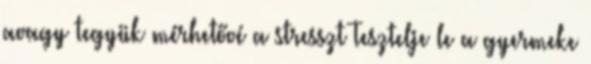
avagy tegyük mérhetővé a stresszt Tesztelje le a gyermeke